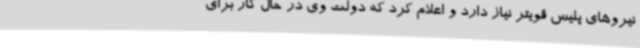
نیروهای پلیس قویتر نیاز دارد و اعلام کرد که دولت وی در حال کار برای